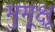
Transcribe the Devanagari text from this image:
मुमूक्षू